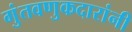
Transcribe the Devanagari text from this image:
गुंतवणुकदारांनी